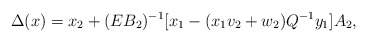
\begin{align*}\Delta (x)= x_2+ (EB_2)^{-1} \lbrack x_1-(x_1v_2+w_2)Q^{-1}y_1 \rbrack A_2,\end{align*}